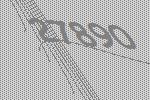
27890